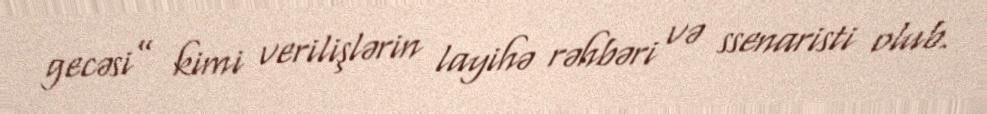
gecəsi” kimi verilişlərin layihə rəhbəri və ssenaristi olub.